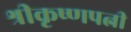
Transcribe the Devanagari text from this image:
श्रीकृष्णपत्नी